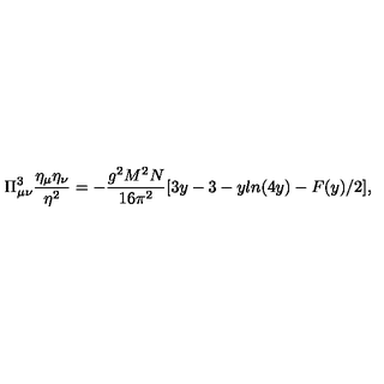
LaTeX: \Pi _ { \mu \nu } ^ { 3 } \frac { \eta _ { \mu } \eta _ { \nu } } { \eta ^ { 2 } } = - \frac { g ^ { 2 } M ^ { 2 } N } { 1 6 \pi ^ { 2 } } [ 3 y - 3 - y l n ( 4 y ) - F ( y ) / 2 ] ,